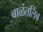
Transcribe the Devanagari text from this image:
बाळंतलिंब